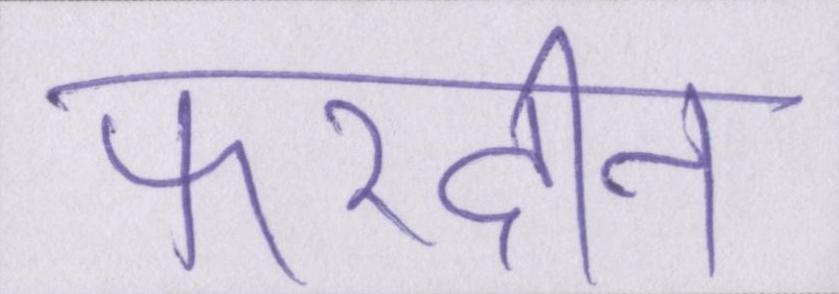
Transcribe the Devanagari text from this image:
फरदीन